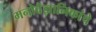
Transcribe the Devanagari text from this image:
मनोवैज्ञानिकांचे